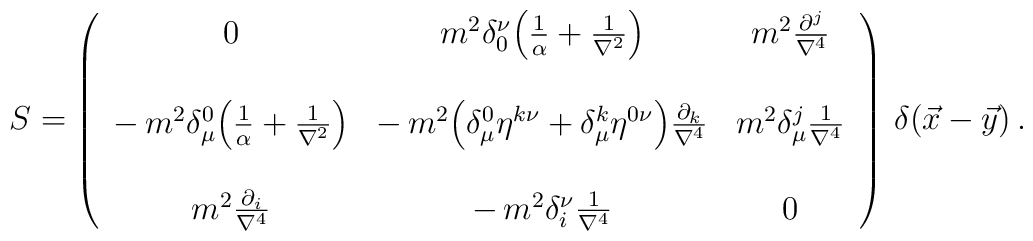
S=\left(\begin{array}{ccc}0&m^2\delta_0^\nu\Bigl(\frac{1}{\alpha}+\frac{1}{\nabla^2}\Bigr)&m^2\frac{\partial^j}{\nabla^4}\\&&\\-\,m^2\delta^0_\mu\Bigl(\frac{1}{\alpha}+\frac{1}{\nabla^2}\Bigr)&-\,m^2\Bigl(\delta_\mu^0\eta^{k\nu}+\delta_\mu^k\eta^{0\nu}\Bigr)\frac{\partial_k}{\nabla^4}&m^2\delta_\mu^j\frac{1}{\nabla^4}\\&&\\m^2\frac{\partial_i}{\nabla^4}&-\,m^2\delta_i^\nu\frac{1}{\nabla^4}&0\\\end{array}\right)\,\delta(\vec x-\vec y)\,.